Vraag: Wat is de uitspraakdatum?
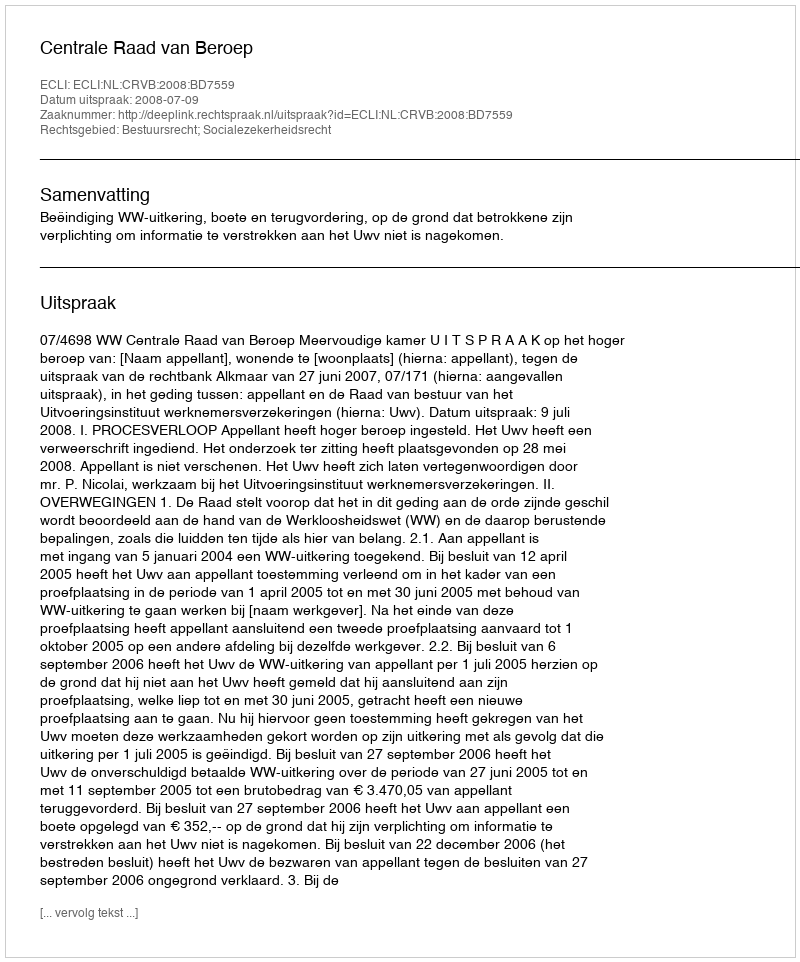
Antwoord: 2008-07-09